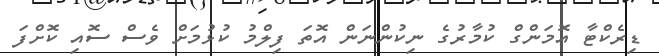
ޑިރެކްޓާ އޮމަންގް ކުމާރުގެ ނިކުންނަން އޮތަ ފިލްމު ކުޅުމަށް ވެސް ސޮއި ކޮށްފަ